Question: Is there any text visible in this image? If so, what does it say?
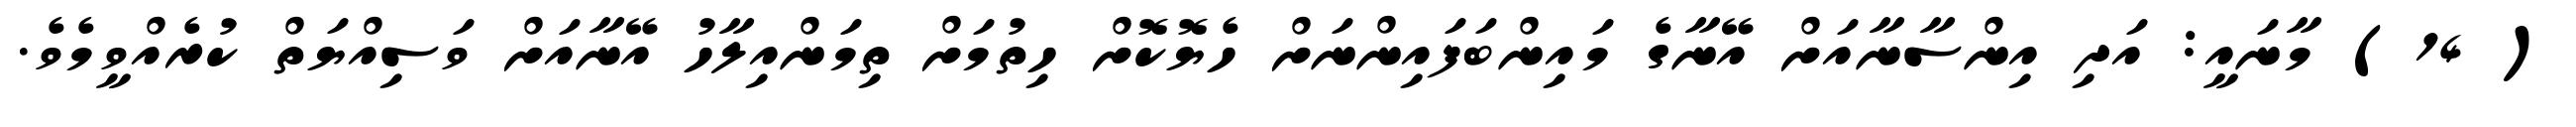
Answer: ( 14) މާނައީ: އަދި އިންސާނާއަށް އޭނާގެ މައިންބަފައިންނަށް ހެޔޮކޮށް ހިތުމަށް ތިމަންއިލާހު އޭނާއަށް ވަސިއްޔަތް ކުރެއްވީމެވެ.